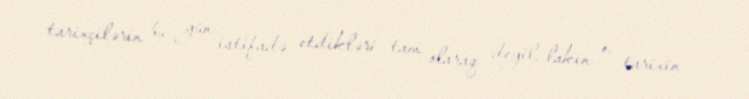
tarixçilərin bu gün istifadə etdikləri tam olaraq deyil, lakin o, tarixin